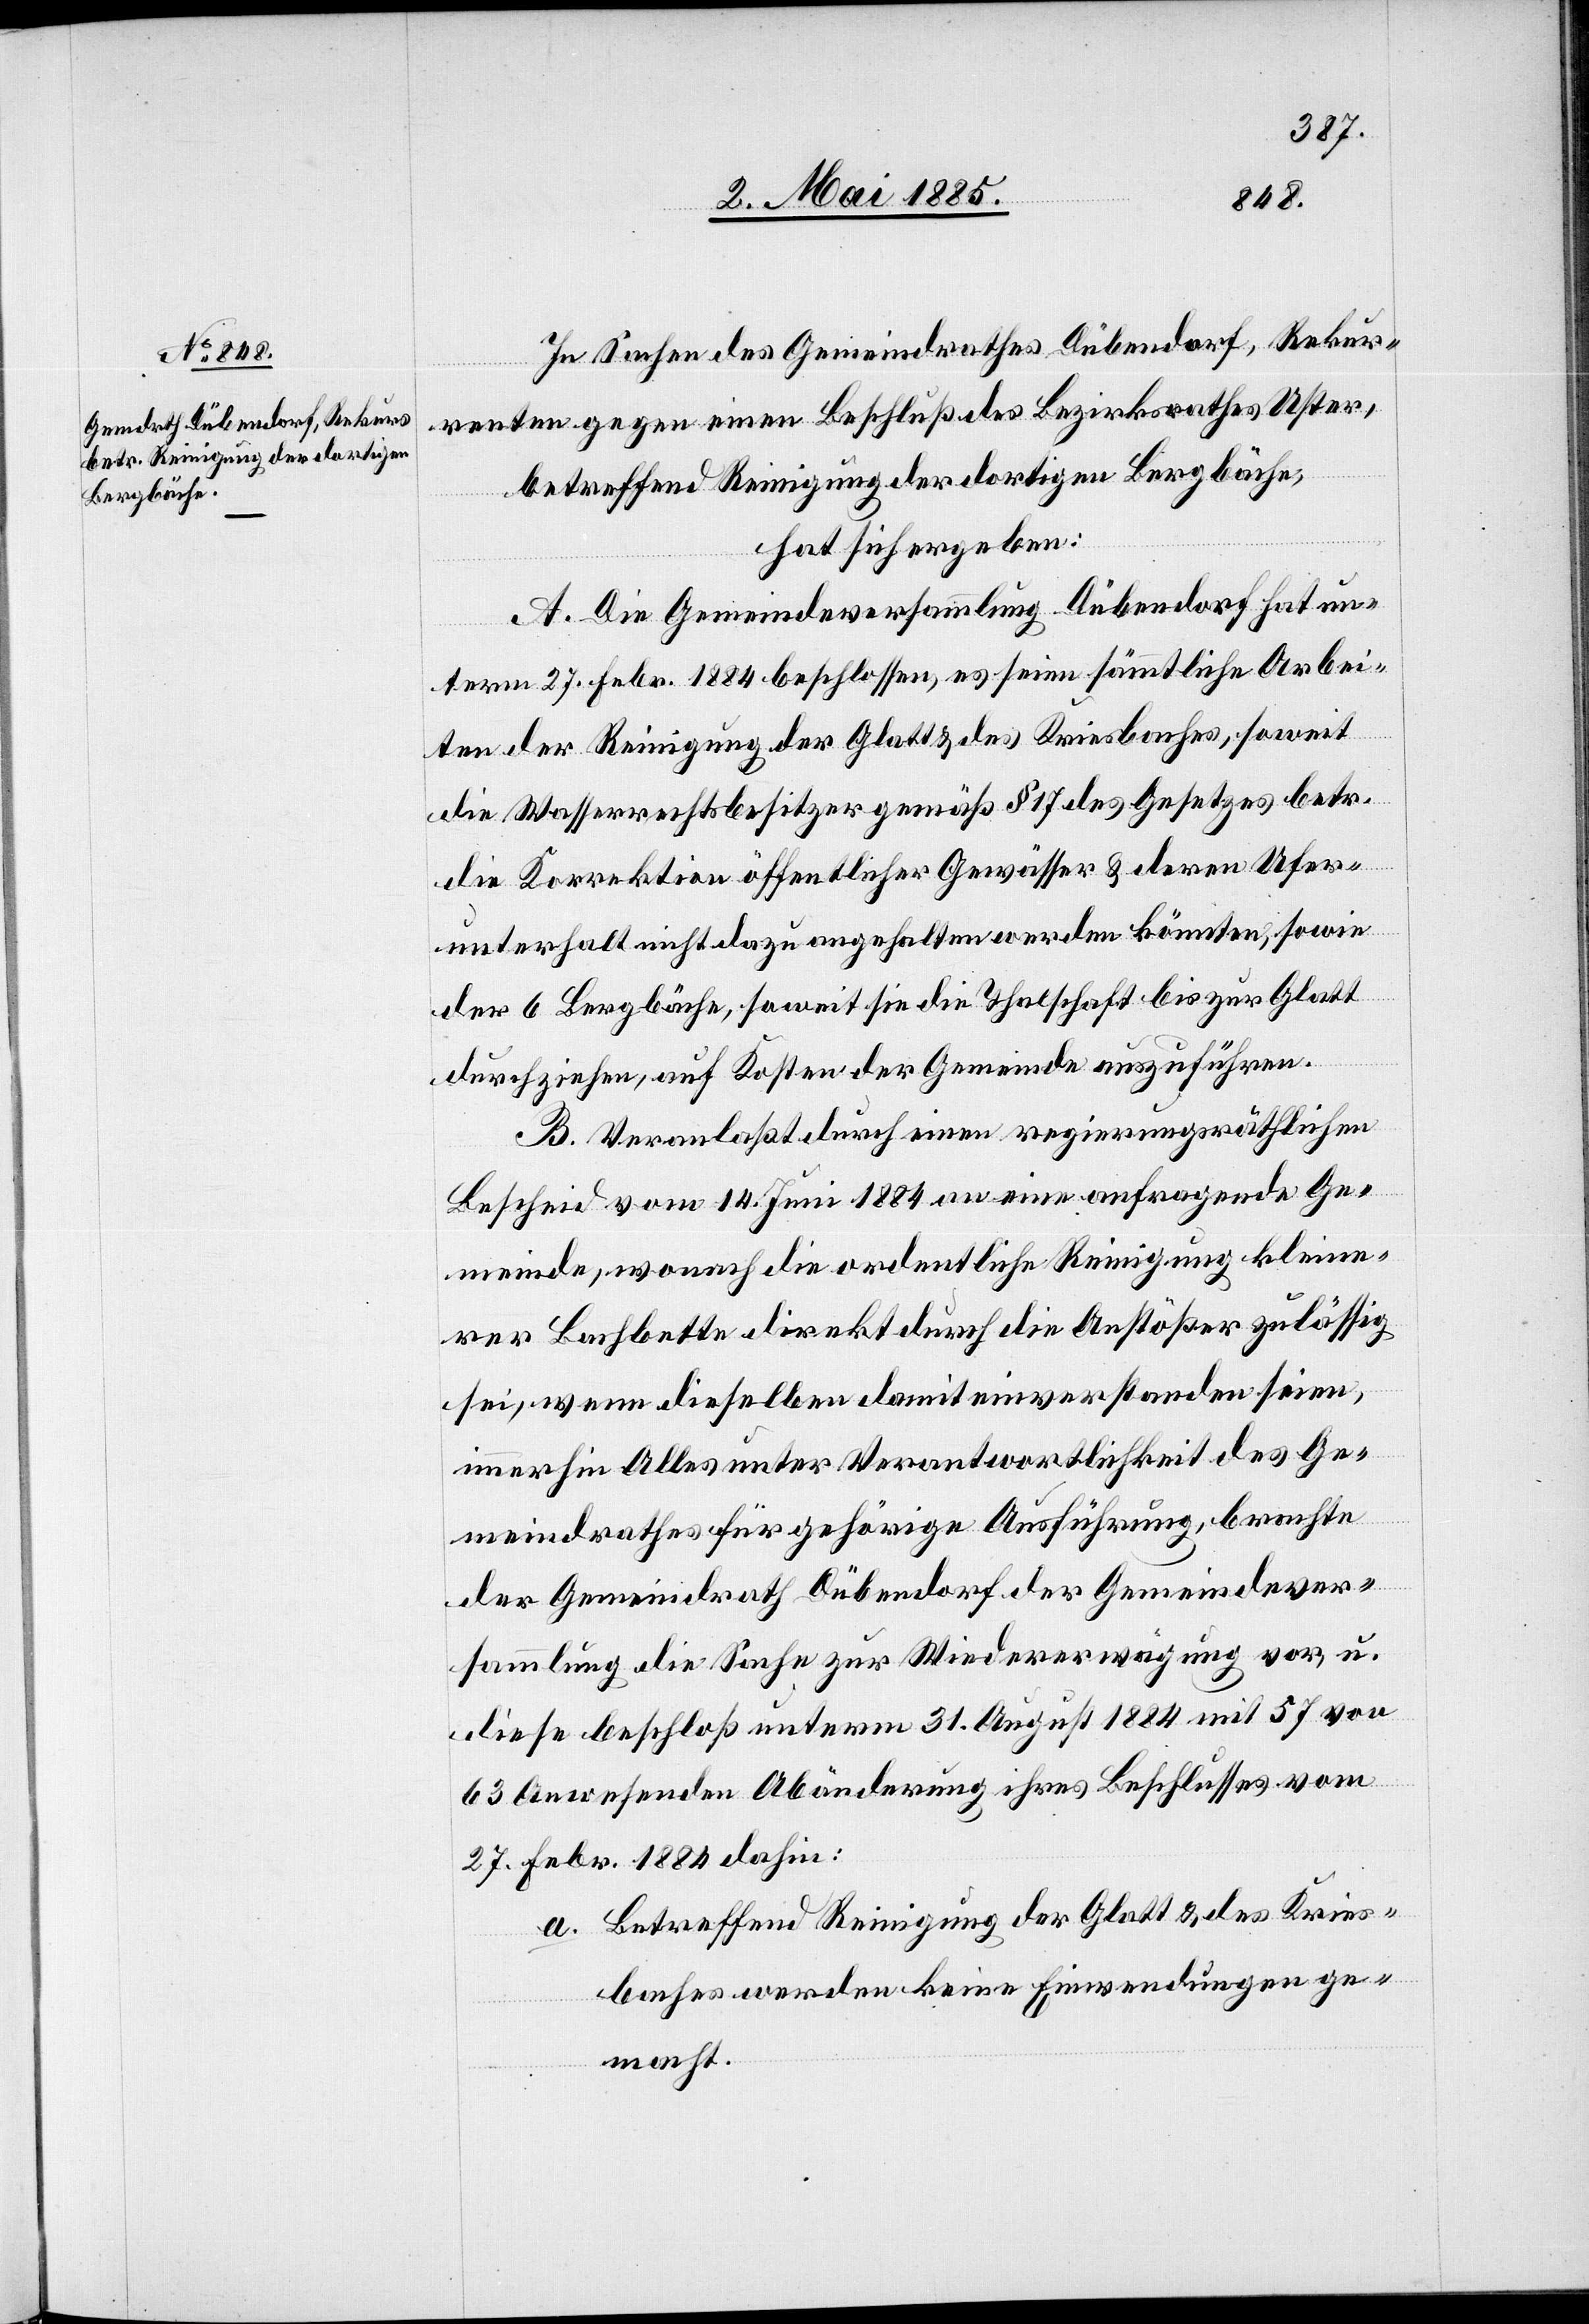
In Sachen des Gemeindrathes Dübendorf, Rekur¬
renten gegen einen Beschluß des Bezirksrathes Uster,
betreffend Reinigung der dortigen Bergbäche,
hat sich ergeben:
A. Die Gemeindeversammlung Dübendorf hat un¬
term 27. Febr. 1884 beschlossen, es seien sämmtliche Arbei¬
ten der Reinigung der Glatt & des Kriesbaches, soweit
die Wasserrechtsbesitzer gemäß § 17 des Gesetzes betr.
die Korrektion öffentlicher Gewässer & deren Ufer¬
unterhalt nicht dazu angehalten werden könnten, sowie
der 6 Bergbäche, soweit sie die Thalschaft bis zur Glatt
durchziehen, auf Kosten der Gemeinde auszuführen.
B. Veranlaßt durch einen regierungsräthlichen
Bescheid vom 14. Juni 1884 an eine anfragende Ge¬
meinde, wonach die ordentliche Reinigung kleine¬
rer Bachbette direkt durch die Anstößer zulässig
sei, wenn dieselben damit einverstanden seien,
immerhin Alles unter Verantwortlichkeit des Ge¬
meindrathes für gehörige Ausführung, brachte
der Gemeindrath Dübendorf der Gemeindever¬
sammlung die Sache zur Wiedererwägung vor, u.
diese beschloß unterm 31. August 1884 mit 57 von
63 Anwesenden Abänderung ihres Beschlusses vom
27. Febr. 1884 dahin:
a. Betreffend Reinigung der Glatt & des Kries¬
baches werden keine Einwendungen ge¬
macht.